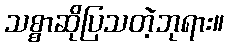
သစ္စာဆိုပြသတဲ့ဘုရား။